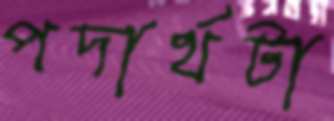
পদার্থটা